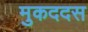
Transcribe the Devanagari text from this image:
मुकददस